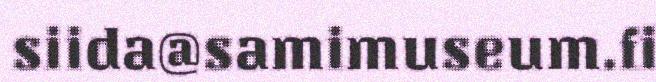
siida@samimuseum.fi